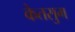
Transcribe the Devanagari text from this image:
केतसुम